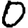
Digit: 0